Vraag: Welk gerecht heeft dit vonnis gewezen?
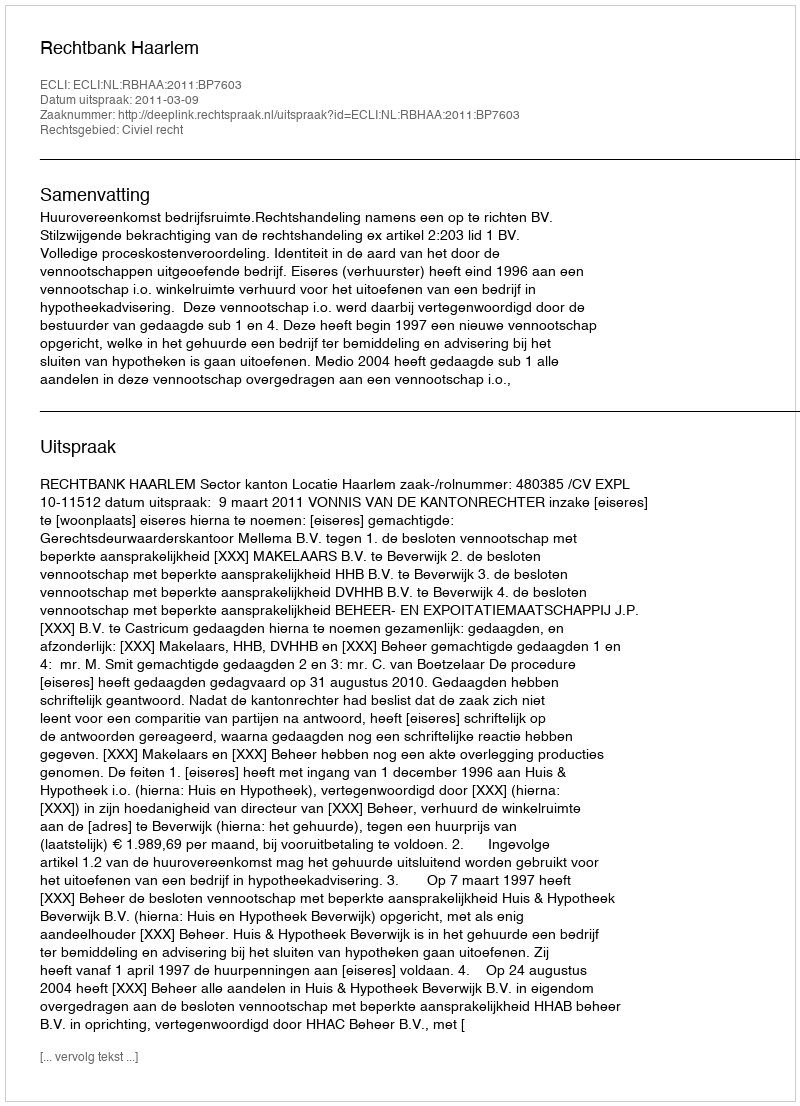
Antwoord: Rechtbank Haarlem